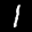
Digit: 1